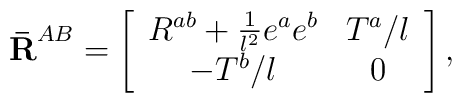
{\bf \bar{R}}^{AB}=\left[ \begin{array}{cc}R^{ab}+\frac{1}{l^{2}}e^{a}e^{b} & T^{a}/l \\ -T^{b}/l & 0\end{array}\right] ,